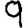
Digit: 9